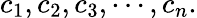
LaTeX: c_{1},c_{2},c_{3},\cdots,c_{n}.